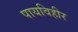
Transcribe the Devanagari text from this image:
पायविहीर